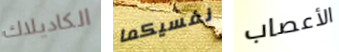
الكاديلاك نفسيكما الأعصاب